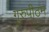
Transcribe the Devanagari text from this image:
गुरुपीठम